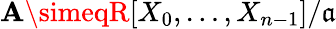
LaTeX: \mathbf{A}\simeqR[X_{0},\dotsc,X_{n-1}]/{\mathfrak{{a}}}